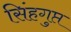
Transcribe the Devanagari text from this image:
सिंहगुप्त